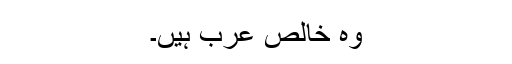
وہ خالص عرب ہیں۔